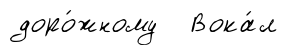
доро́жному Вока́л